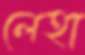
লেহা